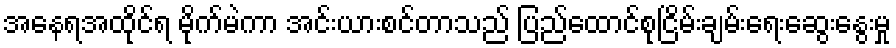
အနေရအထိုင်ရ မိုက်မဲကာ အင်းယားစင်တာသည် ပြည်ထောင်စုငြိမ်းချမ်းရေးဆွေးနွေးမှု